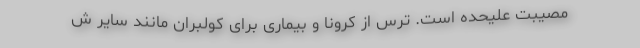
مصیبت علیحده است. ترس از کرونا و بیماری برای کولبران مانند سایر ش